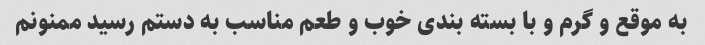
به موقع و گرم و با بسته بندی خوب و طعم مناسب به دستم رسید ممنونم